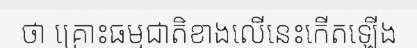
ថា គ្រោះធម្មជាតិខាងលើនេះកើតឡើង